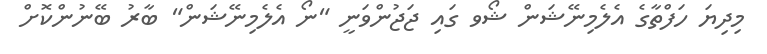
މިދިޔަ ހަފްތާގެ އެލެމިނޭޝަން ޝޯވ ގައި ޖަޖުންވަނީ "ނޯ އެލެމިނޭޝަން" ބާރު ބޭނުންކޮށް